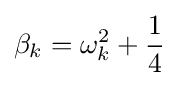
\beta _{k}=\omega _{k}^{2}+{\frac {1}{4}}